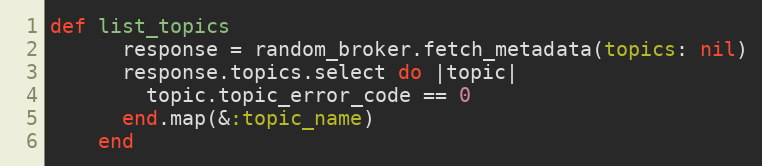
Language: Ruby
def list_topics
      response = random_broker.fetch_metadata(topics: nil)
      response.topics.select do |topic|
        topic.topic_error_code == 0
      end.map(&:topic_name)
    end